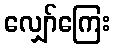
လျှော်ကြေး